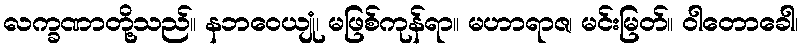
လက္ခဏာတို့သည်။ နဘဝေယျုံ၊ မဖြစ်ကုန်ရာ။ မဟာရာဇ၊ မင်းမြတ်။ ဝါတောခေါ၊